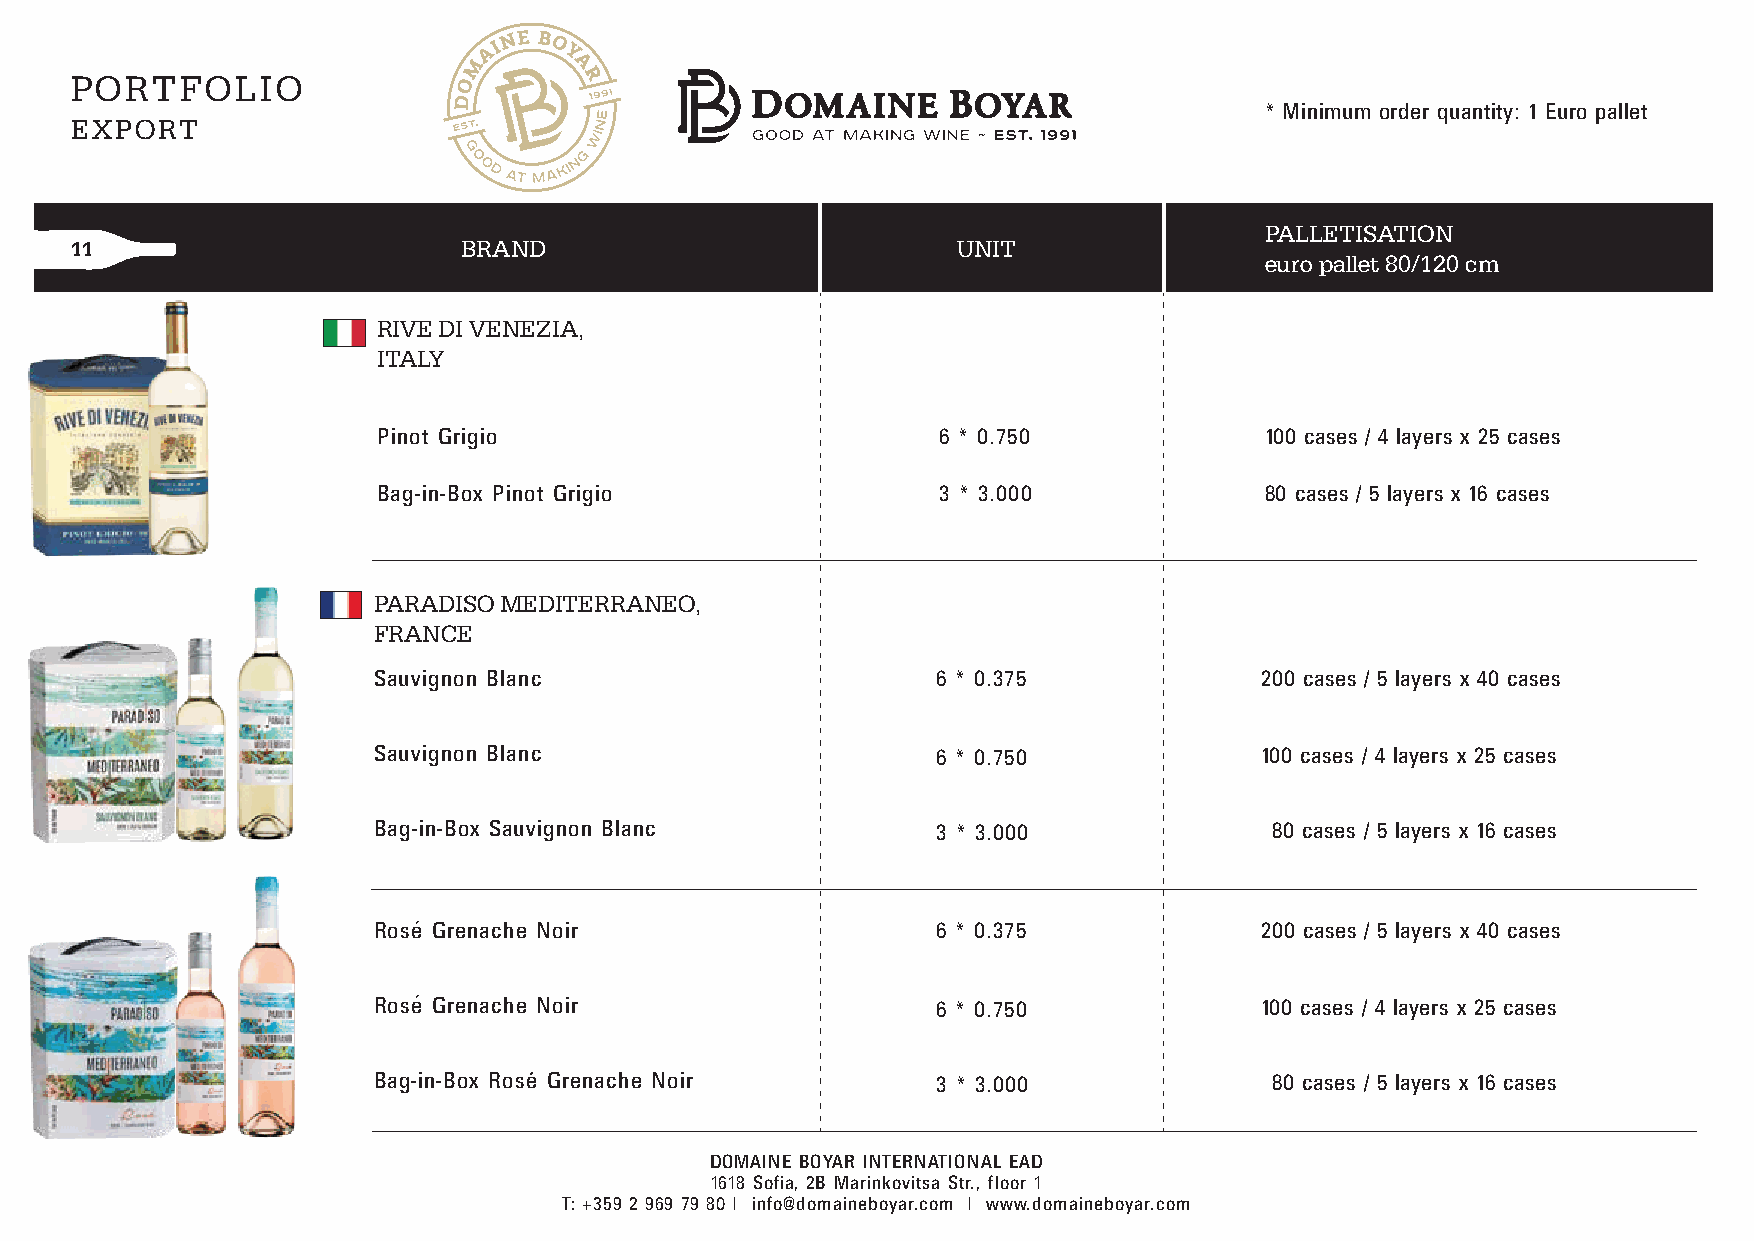
PORTFOLIO
 * Minimum order quantity: 1 Euro pallet
 EXPORT
 PALLETISATION
 11                        BRAND                           UNIT
 euro pallet 80/120 cm
 RIVE DI VENEZIA,
 ITALY
 Pinot Grigio                         6 * 0.750             100 cases / 4 layers x 25 cases
 Bag-in-Box Pinot Grigio              3 * 3.000             80 cases / 5 layers x 16 cases
 PARADISO MEDITERRANEO,
 FRANCE
 Sauvignon Blanc                      6 * 0.375             200 cases / 5 layers x 40 cases
 Sauvignon Blanc                      6 * 0.750             100 cases / 4 layers x 25 cases
 Bag-in-Box Sauvignon Blanc           3 * 3.000             80 cases / 5 layers x 16 cases
 Rose Grenache Noir                   6 * 0.375             200 cases / 5 layers x 40 cases
 Rose Grenache Noir                   6 * 0.750             100 cases / 4 layers x 25 cases
 Bag-in-Box Rose Grenache Noir        3 * 3.000             80 cases / 5 layers x 16 cases
 DOMAINE BOYAR INTERNATIONAL EAD
 1618 Sofia, 2B Marinkovitsa Str., floor 1
 T: +359 2 969 79 80 | info@domaineboyar.com | www.domaineboyar.com